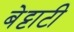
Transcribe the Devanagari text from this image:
बेट्टाटी